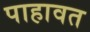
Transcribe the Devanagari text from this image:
पाहावत